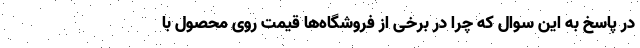
در پاسخ به این سوال که چرا در برخی از فروشگاه‌ها قیمت روی محصول با